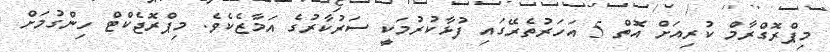
މިޕްރޮގްރާމް ކުރިއަށް އޮތް 5 އަހަރުތެރޭގައި ފުޅާކުރުމަކީ ސަރުކާރުގެ އަމާޒެކެވެ. މިޕްރޮޖެކްޓް ހިންގުމަށް